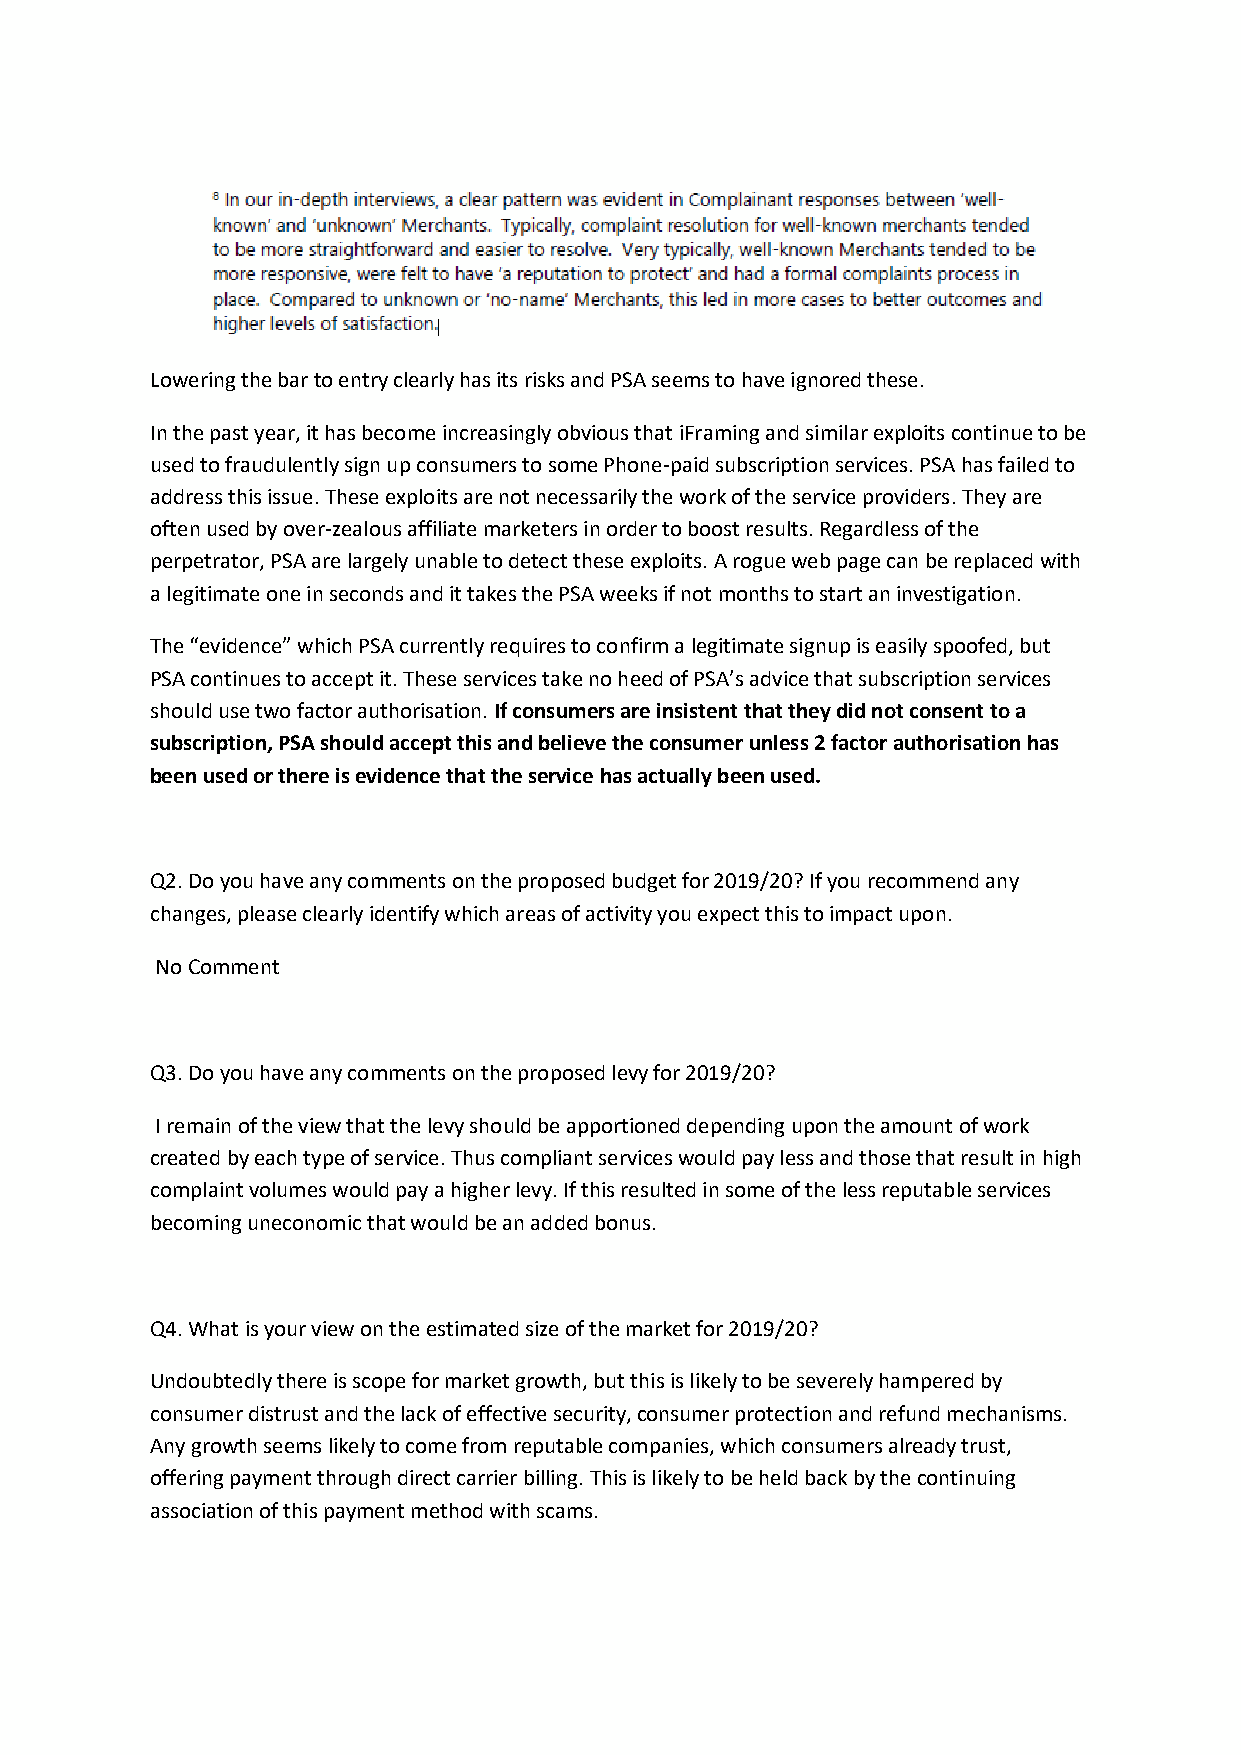
Lowering the bar to entry clearly has its risks and PSA seems to have ignored these.
 In the past year, it has become increasingly obvious that iFraming and similar exploits continue to be
 used to fraudulently sign up consumers to some Phone-paid subscription services. PSA has failed to
 address this issue. These exploits are not necessarily the work of the service providers. They are
 often used by over-zealous affiliate marketers in order to boost results. Regardless of the
 perpetrator, PSA are largely unable to detect these exploits. A rogue web page can be replaced with
 a legitimate one in seconds and it takes the PSA weeks if not months to start an investigation.
 The “evidence” which PSA currently requires to confirm a legitimate signup is easily spoofed, but
 PSA continues to accept it. These services take no heed of PSA’s advice that subscription services
 should use two factor authorisation. If consumers are insistent that they did not consent to a
 subscription, PSA should accept this and believe the consumer unless 2 factor authorisation has
 been used or there is evidence that the service has actually been used.
 Q2. Do you have any comments on the proposed budget for 2019/20? If you recommend any
 changes, please clearly identify which areas of activity you expect this to impact upon.
 No Comment
 Q3. Do you have any comments on the proposed levy for 2019/20?
 I remain of the view that the levy should be apportioned depending upon the amount of work
 created by each type of service. Thus compliant services would pay less and those that result in high
 complaint volumes would pay a higher levy. If this resulted in some of the less reputable services
 becoming uneconomic that would be an added bonus.
 Q4. What is your view on the estimated size of the market for 2019/20?
 Undoubtedly there is scope for market growth, but this is likely to be severely hampered by
 consumer distrust and the lack of effective security, consumer protection and refund mechanisms.
 Any growth seems likely to come from reputable companies, which consumers already trust,
 offering payment through direct carrier billing. This is likely to be held back by the continuing
 association of this payment method with scams.